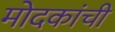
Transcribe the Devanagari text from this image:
मोदकांची